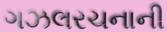
ગઝલરચનાની